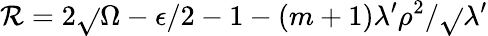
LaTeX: \mathcal{R}=2\sqrt{}{{\Omega-\epsilon/2-1-(m+1)\lambda^{\prime}\rho^{2}}}/\sqrt{}{{\lambda^{\prime}}}